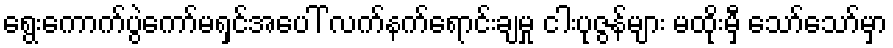
ရွေးကောက်ပွဲကော်မရှင်အပေါ် လက်နက်ရောင်းချမှု ငါးပုဇွန်များ မထိုးမှီ သော်သော်မှာ